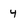
Character: 4